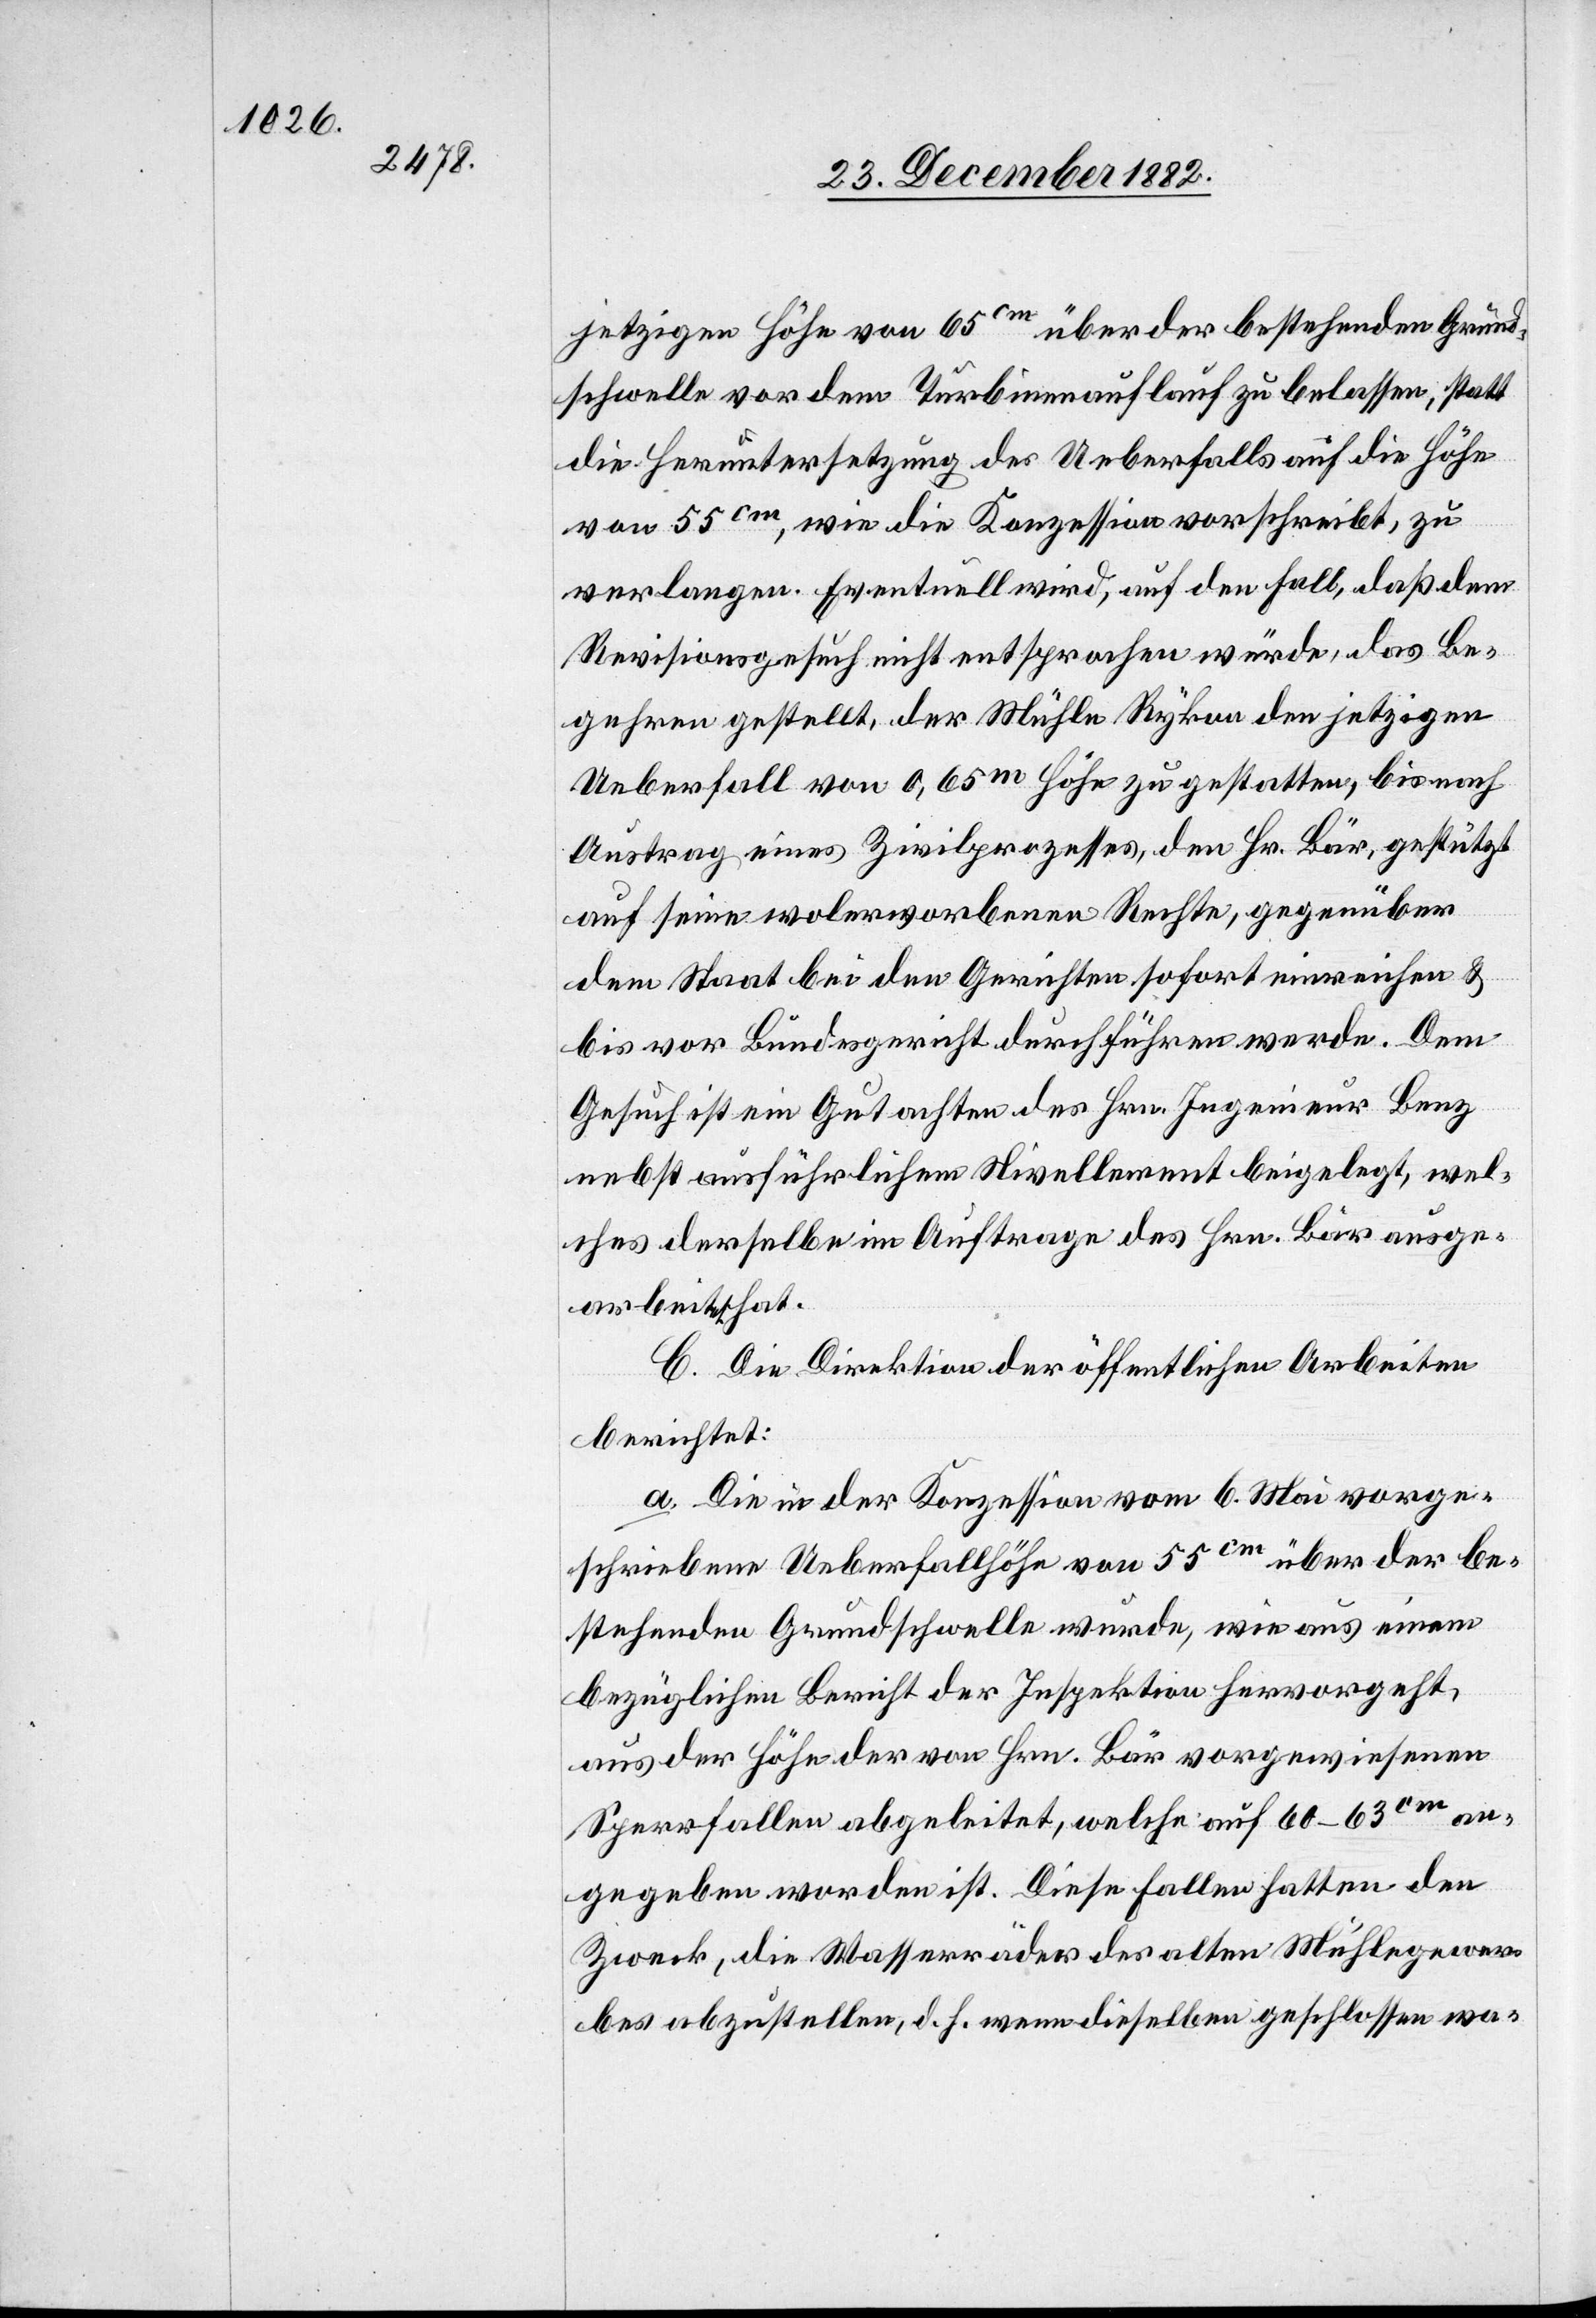
jetzigen Höhe von 65cm über der bestehenden Grund¬
schwelle vor dem Turbinenauflauf zu belassen, statt
die Heruntersetzung des Ueberfalls auf die Höhe
von 55cm, wie die Konzession vorschreibt, zu
verlangen. Eventuell wird, auf den Fall, daß dem
Revisionsgesuch nicht entsprochen würde, das Be¬
gehren gestellt, der Mühle Rykon den jetzigen
Ueberfall von 0,65m Höhe zu gestatten, bis nach
Austrag eines Zivilprozesses, dem Hr. Bär, gestützt
auf seine wolerworbenen Rechte, gegenüber
dem Staat bei den Gerichten sofort einreichen &
bis vor Bundesgericht durchführen werde. Dem
Gesuch ist ein Gutachten des Hrn. Ingenieur Benz
nebst ausführlichem Nivellement beigelegt, wel¬
ches derselbe im Auftrage des Hrn. Bär ausge¬
arbeitet hat.
C. Die Direktion der öffentlichen Arbeiten
berichtet:
a. Die in der Konzession vom 6. Mai vorge¬
schriebene Ueberfallhöhe von 55cm über der be¬
stehenden Grundschwelle wurde, wie aus einem
bezüglichen Bericht der Inspektion hervorgeht,
aus der Höhe der von Hrn. Bär vorgewiesenen
Sperrfallen abgeleitet, welche auf 60–63cm an¬
gegeben worden ist. Diese Fallen hatten den
Zweck, die Wasserräder des alten Mühlegewer¬
bes abzustellen, d. h. wenn dieselben geschlossen wa-